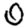
Digit: 0